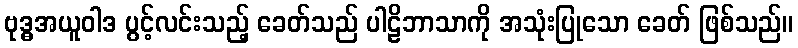
ဗုဒ္ဓအယူဝါဒ ပွင့်လင်းသည့် ခေတ်သည် ပါဠိဘာသာကို အသုံးပြုသော ခေတ် ဖြစ်သည်။